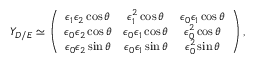
Y _ { D / E } \simeq \left( \begin{array} { c c c } { { \epsilon _ { 1 } \epsilon _ { 2 } \cos \theta } } & { { \epsilon _ { 1 } ^ { 2 } \cos \theta } } & { { \epsilon _ { 0 } \epsilon _ { 1 } \cos \theta } } \\ { { \epsilon _ { 0 } \epsilon _ { 2 } \cos \theta } } & { { \epsilon _ { 0 } \epsilon _ { 1 } \cos \theta } } & { { \epsilon _ { 0 } ^ { 2 } \cos \theta } } \\ { { \epsilon _ { 0 } \epsilon _ { 2 } \sin \theta } } & { { \epsilon _ { 0 } \epsilon _ { 1 } \sin \theta } } & { { \epsilon _ { 0 } ^ { 2 } \sin \theta } } \end{array} \right) ,